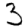
Digit: 3